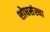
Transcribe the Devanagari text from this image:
शोधसंस्था